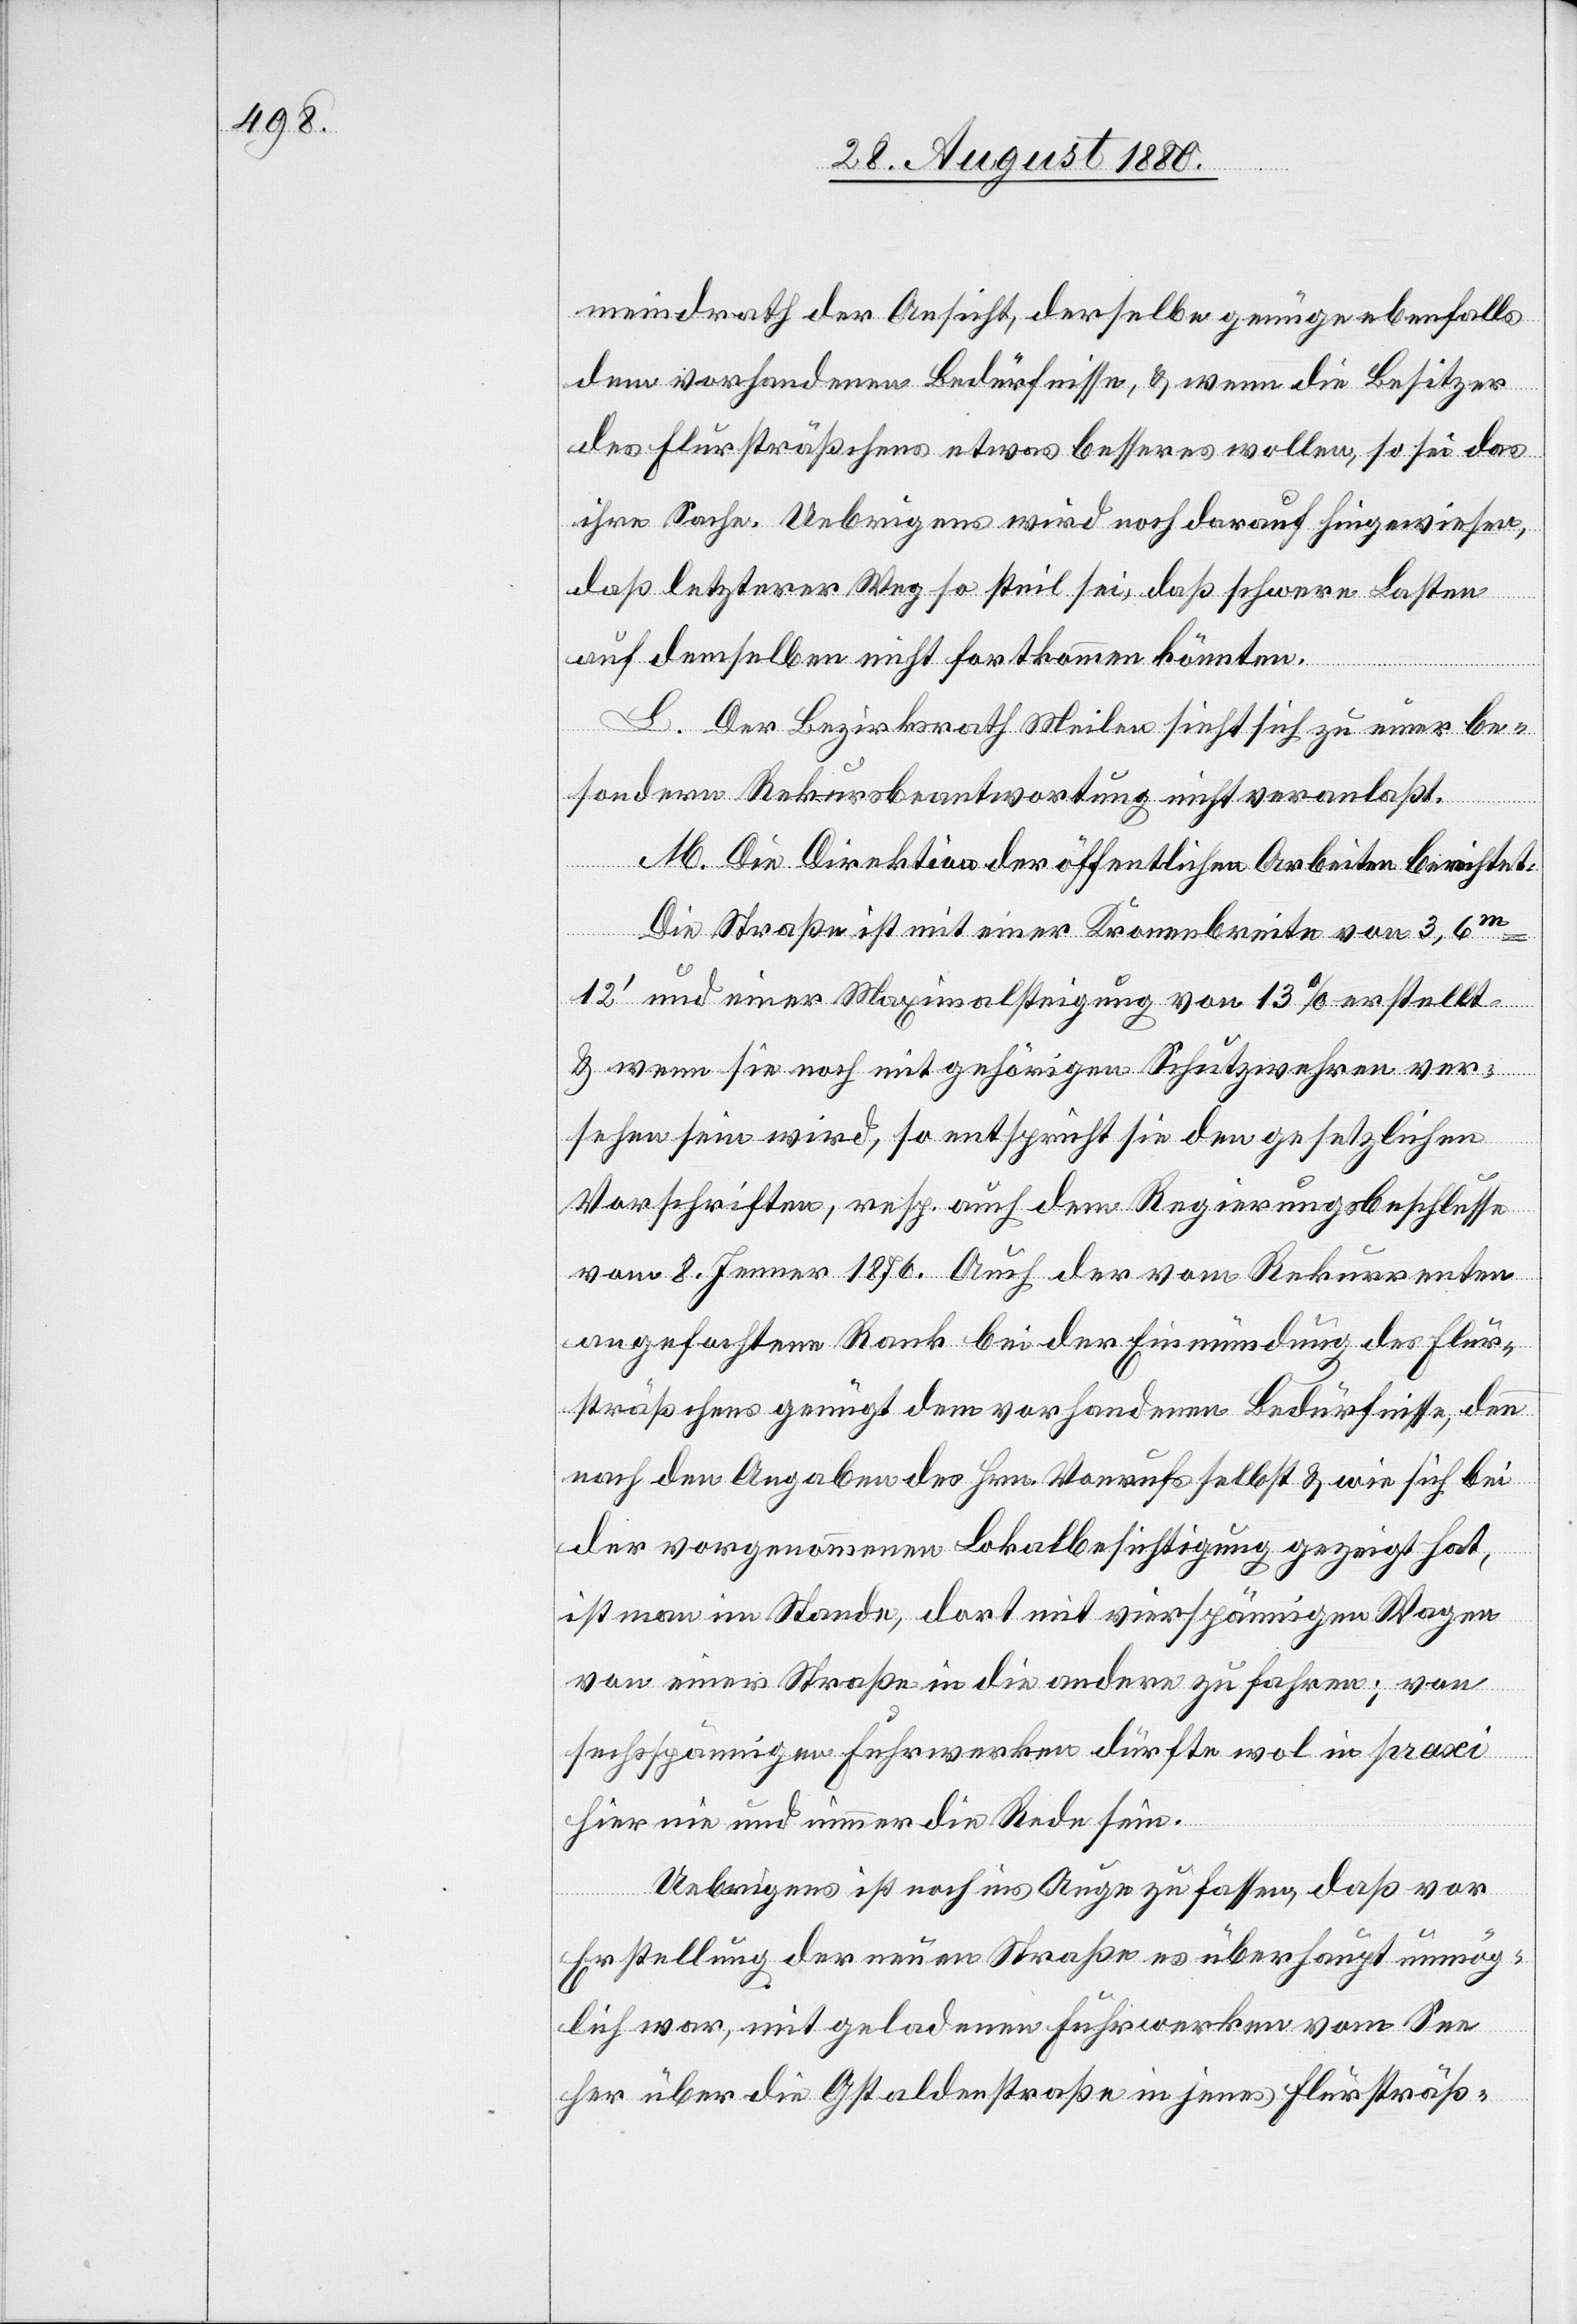
meindrath der Ansicht, derselbe genüge ebenfalls
den vorhandenen Bedürfnisse, & wenn die Besitzer
des Flursträßchens etwas besseres wollen, so sei das
ihre Sache. Uebrigens wird noch darauf hingewiesen,
daß letzterer Weg so steil sei, daß schwere Lasten
auf demselben nicht fortkommen könnten.
L. Der Bezirksrath Meilen sieht sich zu neuer be¬
sonderen Rekursbeantwortung nicht veranlaßt.
M. Die Direktion der öffentlichen Arbeiten berichtet:
Die Straße ist mit einer Kronenbreite von 3,6
m–12‘ und einer Maximalsteigung von 13% erstellt
& wenn sie noch mit gehörigen Schutzwehren ver¬
sehen sein wird, so entspricht sie den gesetzlichen
Vorschriften, resp. auch dem Regierungsbeschlusse
vom 8. Jenner 1876. Auch der vom Rekurrenten
angefochtene Rank bei der Einmündung des Flur¬
sträßchens genügt dem vorhandenen Bedürfnisse, denn
nach den Angaben des Hrn. Vonrufs selbst & wie sich bei
der vorgenommenen Lokalbesichtigung gezeigt hat,
ist man im Stande, dort mit vierspännigen Wagen
von einer Straße in die andere zu fahren; von
sechsspännigen Fahrwerken dürfte wol in praxi
hier nie und nimmer die Rede sein.
Uebrigens ist noch ins Auge zu fassen, daß vor
Erstellung der neuen Straße es überhaupt unmög¬
lich war, mit geladenen Fuhrwerken vom See
her über die Gstaldenstraße in jenes Flursträß-